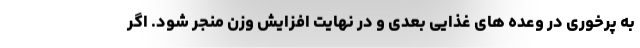
به پرخوری در وعده های غذایی بعدی و در نهایت افزایش وزن منجر شود. اگر